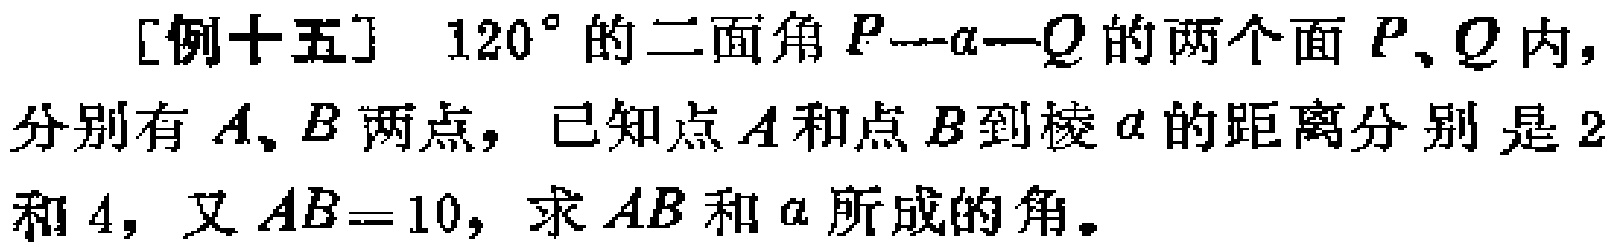
[例十五] \(120^{\circ}\)的二面角\(P - \alpha - Q\)的两个面\(P、Q\)内，分别有\(A、B\)两点，已知点\(A\)和点\(B\)到棱\(\alpha\)的距离分别是\(2\)和\(4\)，又\(AB = 10\)，求\(AB\)和\(\alpha\)所成的角。